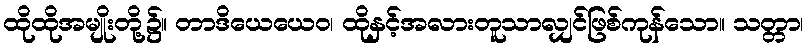
ထိုထိုအမျိုးတို့၌။ တာဒိယေယေဝ၊ ထိုနှင့်အလားတူသာလျှင်ဖြစ်ကုန်သော။ သတ္တာ၊